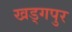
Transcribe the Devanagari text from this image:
खड्‍गपुर